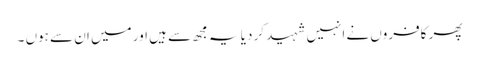
پھر کافروں نے انہیں شہید کر دیا یہ مجھ سے ہیں اور میں ان سے ہوں ۔